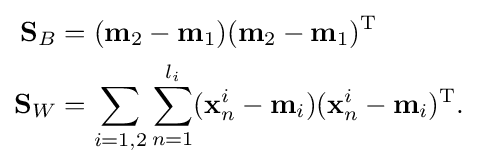
{\begin{aligned}\mathbf {S} _{B}&=(\mathbf {m} _{2}-\mathbf {m} _{1})(\mathbf {m} _{2}-\mathbf {m} _{1})^{\text{T}}\\\mathbf {S} _{W}&=\sum _{i=1,2}\sum _{n=1}^{l_{i}}(\mathbf {x} _{n}^{i}-\mathbf {m} _{i})(\mathbf {x} _{n}^{i}-\mathbf {m} _{i})^{\text{T}}.\end{aligned}}